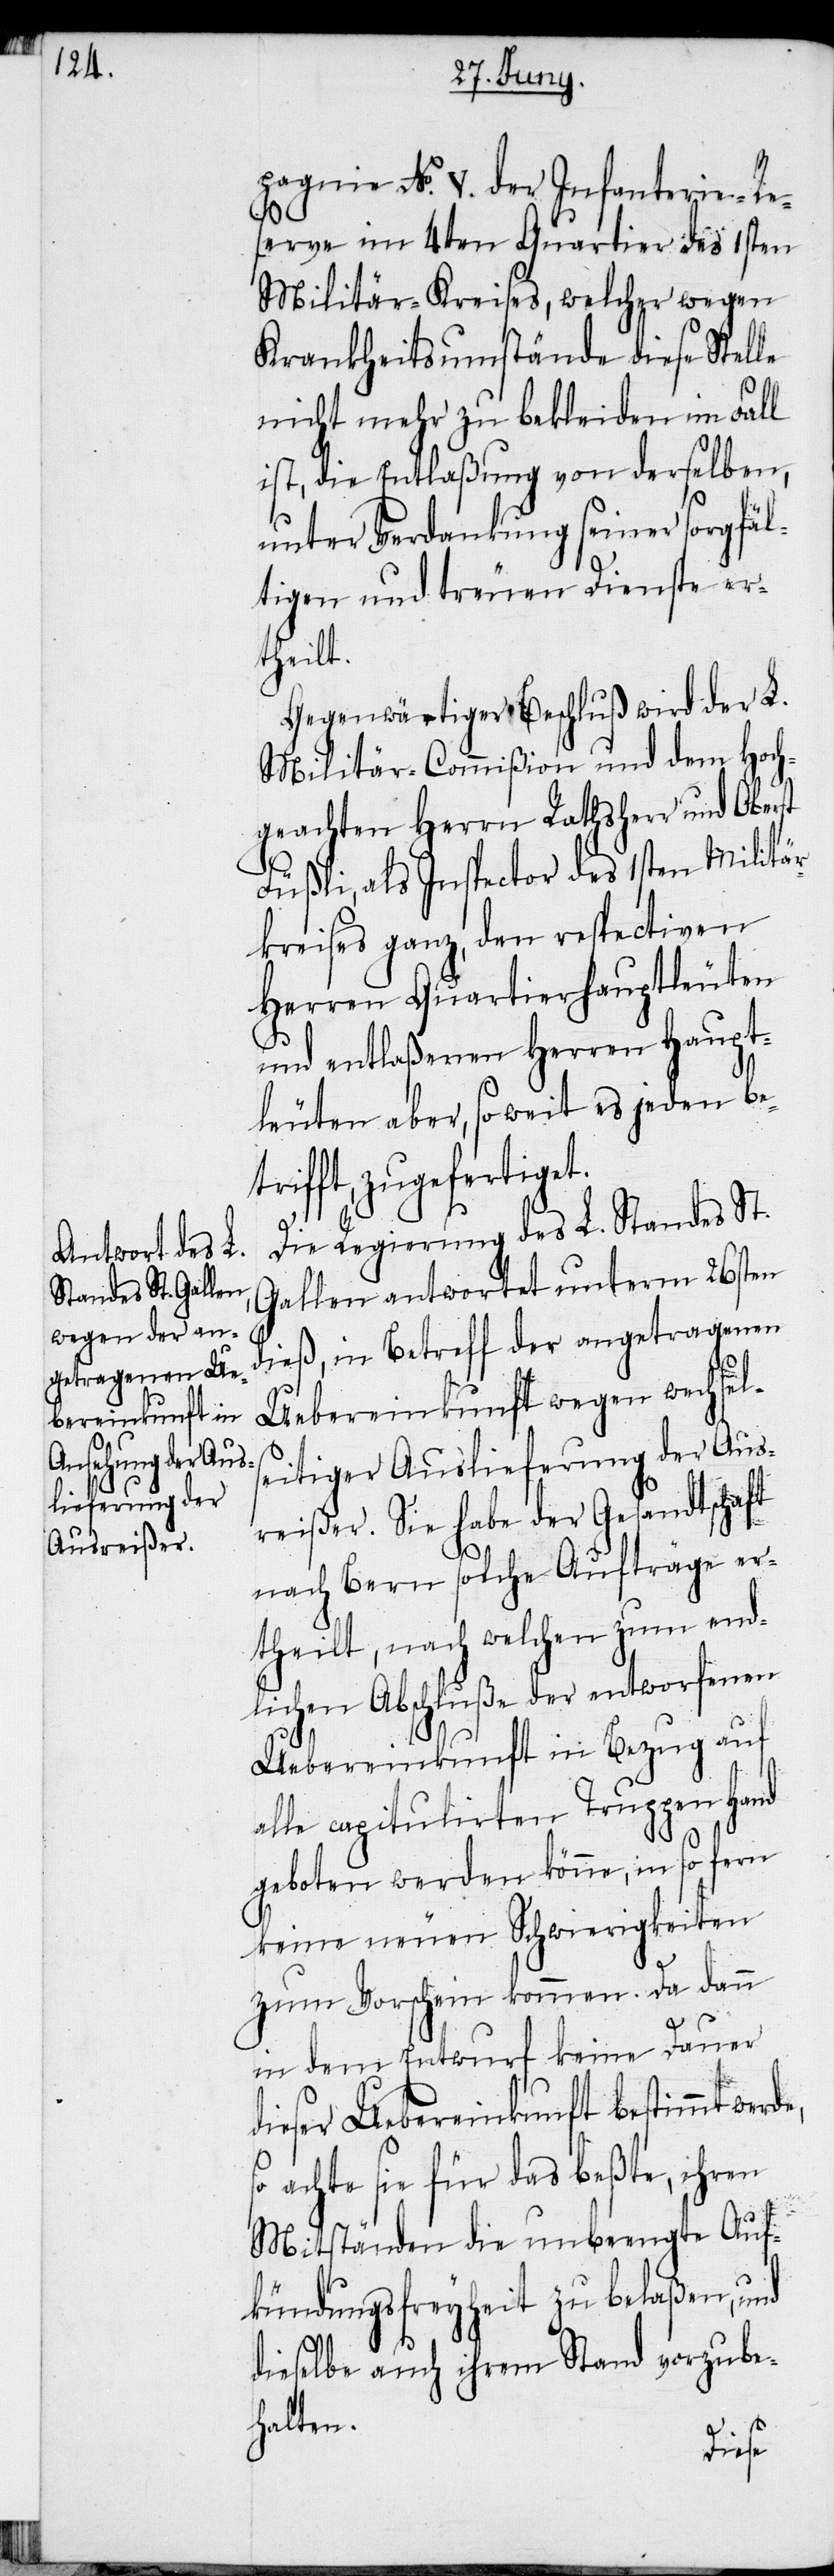
pagnie No. V. der Infanterie-Re¬
e,
serve im 4ten Quartier des 1sten
Militär-Kreises, welcher wegen
Krankheitsumstände diese Stelle
nicht mehr zu bekleiden im Fall
ist, die Entlaßung von derselben,
unter Verdankung seiner sorgfäl¬
tigen und treuen Dienste er¬
theilt.
Gegenwärtiger Beschluß wird der L.
Militär-Commißion und dem Hoch¬
geachten Herrn Rathsherr und Oberst
Füßli, als Inspector des 1sten Militär¬
kreises ganz, den respectiven
Herren Quartierhauptleuten
und entlaßenen Herren Haupt¬
leuten aber, soweit es jeden bet¬
rifft, zugefertiget.
Die Regierung des L. Standes St.
Gallen antwortet unterm 26sten
dieß, in Betreff der angetragenen
Uebereinkunft wegen wechsel¬
seitiger Auslieferung der Aus¬
reißer. Sie habe der Gesandtschaft
nach Bern solche Aufträge er¬
theilt, nach welchen zum end¬
lichen Abschluße der entworfenen
Uebereinkunft in Bezug auf
alle capitulirten Truppen Hand
geboten werden könne, in so fern
keine neuen Schwierigkeiten
zum Vorschein kommen. Da dann
in dem Entwurf keine Dauer
dieser Uebereinkunft bestimmt werd¬
achte sie für das beßte, ihren
Mitständen die unbeengte Auf¬
kündungsfreyheit zu belaßen, und
dieselbe auch ihrem Stand vorzube¬
halten.